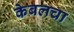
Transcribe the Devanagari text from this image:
केबलचा